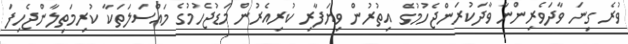
ވުރެ ގިނަ ވާދަވެރިންނާ ވާދަކުރަންޖެހުމުގެ އިތުރުން ވިޔަފާރި ކުރިއެރުން މަޑުޖެހުމުގެ މައްސަލަތަކާ ކުރިމަތިލާންޖެހިފަ